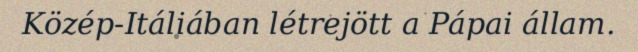
Közép-Itáliában létrejött a Pápai állam.